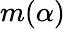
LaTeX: m(\alpha)